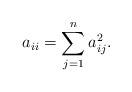
LaTeX: \begin{align*} a_{ii} = \sum_{j=1}^n a_{ij}^2.\end{align*}